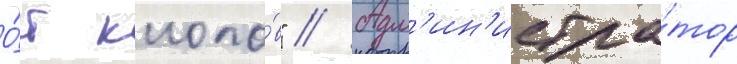
О́т клопо́в" // Адм'ин'истра́тор